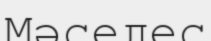
Мәселес